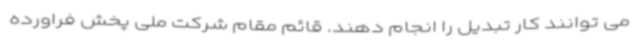
می توانند کار تبدیل را انجام دهند. قائم مقام شرکت ملی پخش فراورده